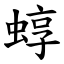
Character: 蜳